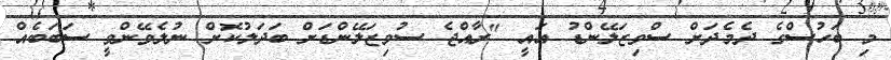
މި ބަހުސްގެ ދެމެދަށް ސްވިޒަލޭންޑު އައީ "ރާއްޖެ ސުވިޒަލޭންޑަށް ބަދަލުކޮށް ނުލެވޭންވީ ސަބަބެއް